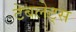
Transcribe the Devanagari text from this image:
टेबलेट्स